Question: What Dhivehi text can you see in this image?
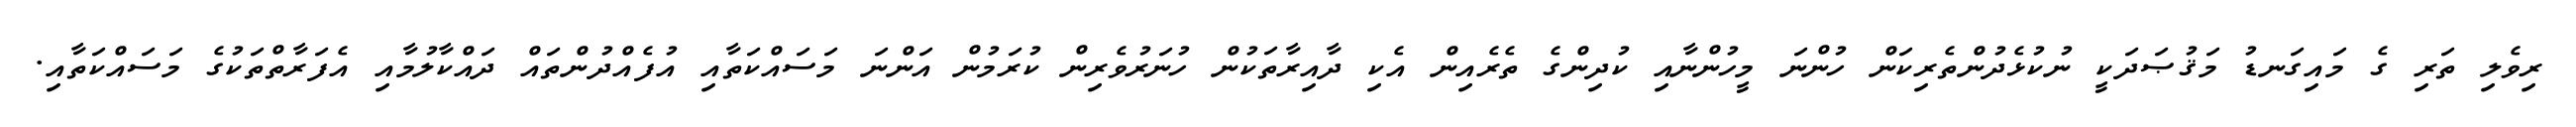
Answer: ރިވެލި ތަރި ގެ މައިގަނޑު މަޤުޞަދަކީ ނުކުޅެދުންތެރިކަން ހުންނަ މީހުންނާއި ކުދިންގެ ތެރެއިން އެކި ދާއިރާތަކުން ހުނަރުވެރިން ކުރަމުން އަންނަ މަސައްކަތާއި އުފެއްދުންތައް ދައްކާލުމާއި އެފަރާތްތަކުގެ މަސައްކަތާއި.